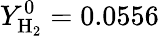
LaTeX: Y_{\mathrm{H}_{2}}^{0}=0.0556